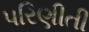
પરિણીતી